Civil Veterinary Dept. Bombay admin report 1932-41 - 1932-1941
Year: 1932
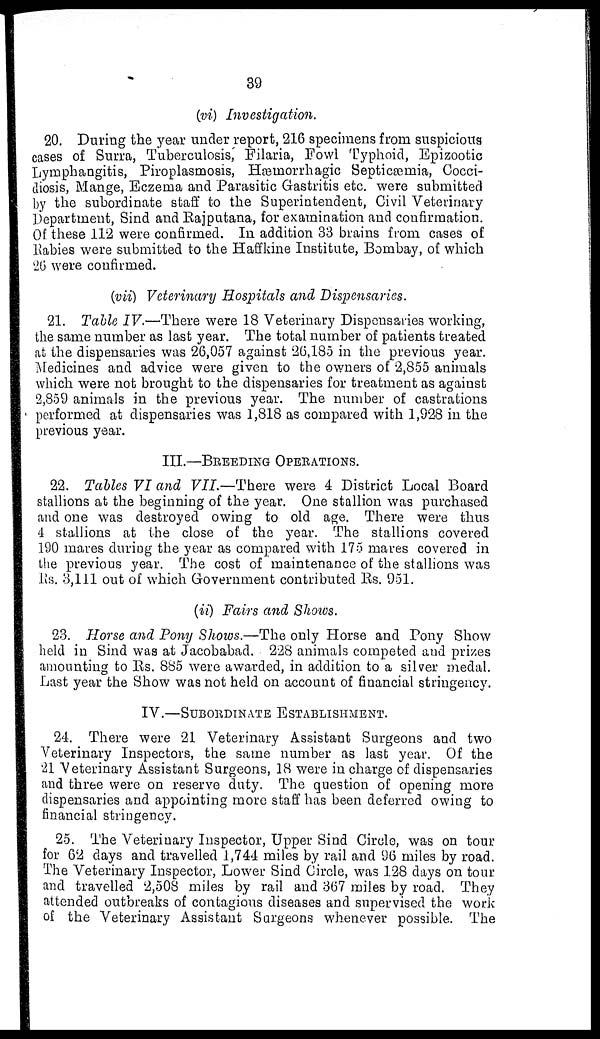
39
(vi) Investigation.
20. During the year under report, 216 specimens from suspicious
cases of Surra, Tuberculosis, Filaria, Fowl Typhoid, Epizootic
Lymphangitis, Piroplasmosis, Hæmorrhagic Septicæmia, Cocci-
diosis, Mange, Eczema and Parasitic Gastritis etc. were submitted
by the subordinate staff to the Superintendent, Civil Veterinary
Department, Sind and Rajputana, for examination and confirmation.
Of these 112 were confirmed. In addition 33 brains from cases of
Rabies were submitted to the Haffkine Institute, Bombay, of which
26 were confirmed.
(vii) Veterinary Hospitals and Dispensaries.
21. Table IV.—There were 18 Veterinary Dispensaries working,
the same number as last year. The total number of patients treated
at the dispensaries was 26,057 against 26,185 in the previous year.
Medicines and advice were given to the owners of 2,855 animals
which were not brought to the dispensaries for treatment as against
2,859 animals in the previous year. The number of castrations
performed at dispensaries was 1,818 as compared with 1,928 in the
previous year.
III.—BREEDING
OPERATIONS.
22. Tables VI and VII.—There were 4 District Local Board
stallions at the beginning of the year. One stallion was purchased
and one was destroyed owing to old age. There were thus
4 stallions at the close of the year. The stallions covered
190 mares during the year as compared with 175 mares covered in
the previous year. The cost of maintenance of the stallions was
Rs. 3,111 out of which Government contributed Rs. 951.
(ii) Fairs and Shows.
23. Horse and Pony Shows.—The only Horse and Pony Show
held in Sind was at Jacobabad. 228 animals competed and prizes
amounting to Rs. 885 were awarded, in addition to a silver medal.
Last year the Show was not held on account of financial stringency.
IV.—SUBORDINATE
ESTABLISHMENT.
24. There were 21 Veterinary Assistant Surgeons and two
Veterinary Inspectors, the same number as last year. Of the
21 Veterinary Assistant Surgeons, 18 were in charge of dispensaries
and three were on reserve duty. The question of opening more
dispensaries and appointing more staff has been deferred owing to
financial stringency.
25. The Veterinary Inspector, Upper Sind Circle, was on tour
for 62 days and travelled 1,744 miles by rail and 96 miles by road.
The Veterinary Inspector, Lower Sind Circle, was 128 days on tour
and travelled 2,508 miles by rail and 367 miles by road. They
attended outbreaks of contagious diseases and supervised the work
of the Veterinary Assistant Surgeons whenever possible. The